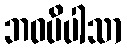
ဘဝပိပါသာ